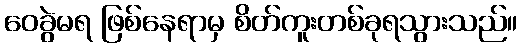
ဝေခွဲမရ ဖြစ်နေရာမှ စိတ်ကူးတစ်ခုရသွားသည်။